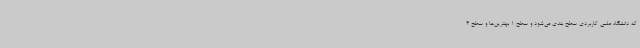
که دانشگاه علمی کاربردی سطح بندی می‌شود و سطح 1 بهترین‌ها و سطح 4